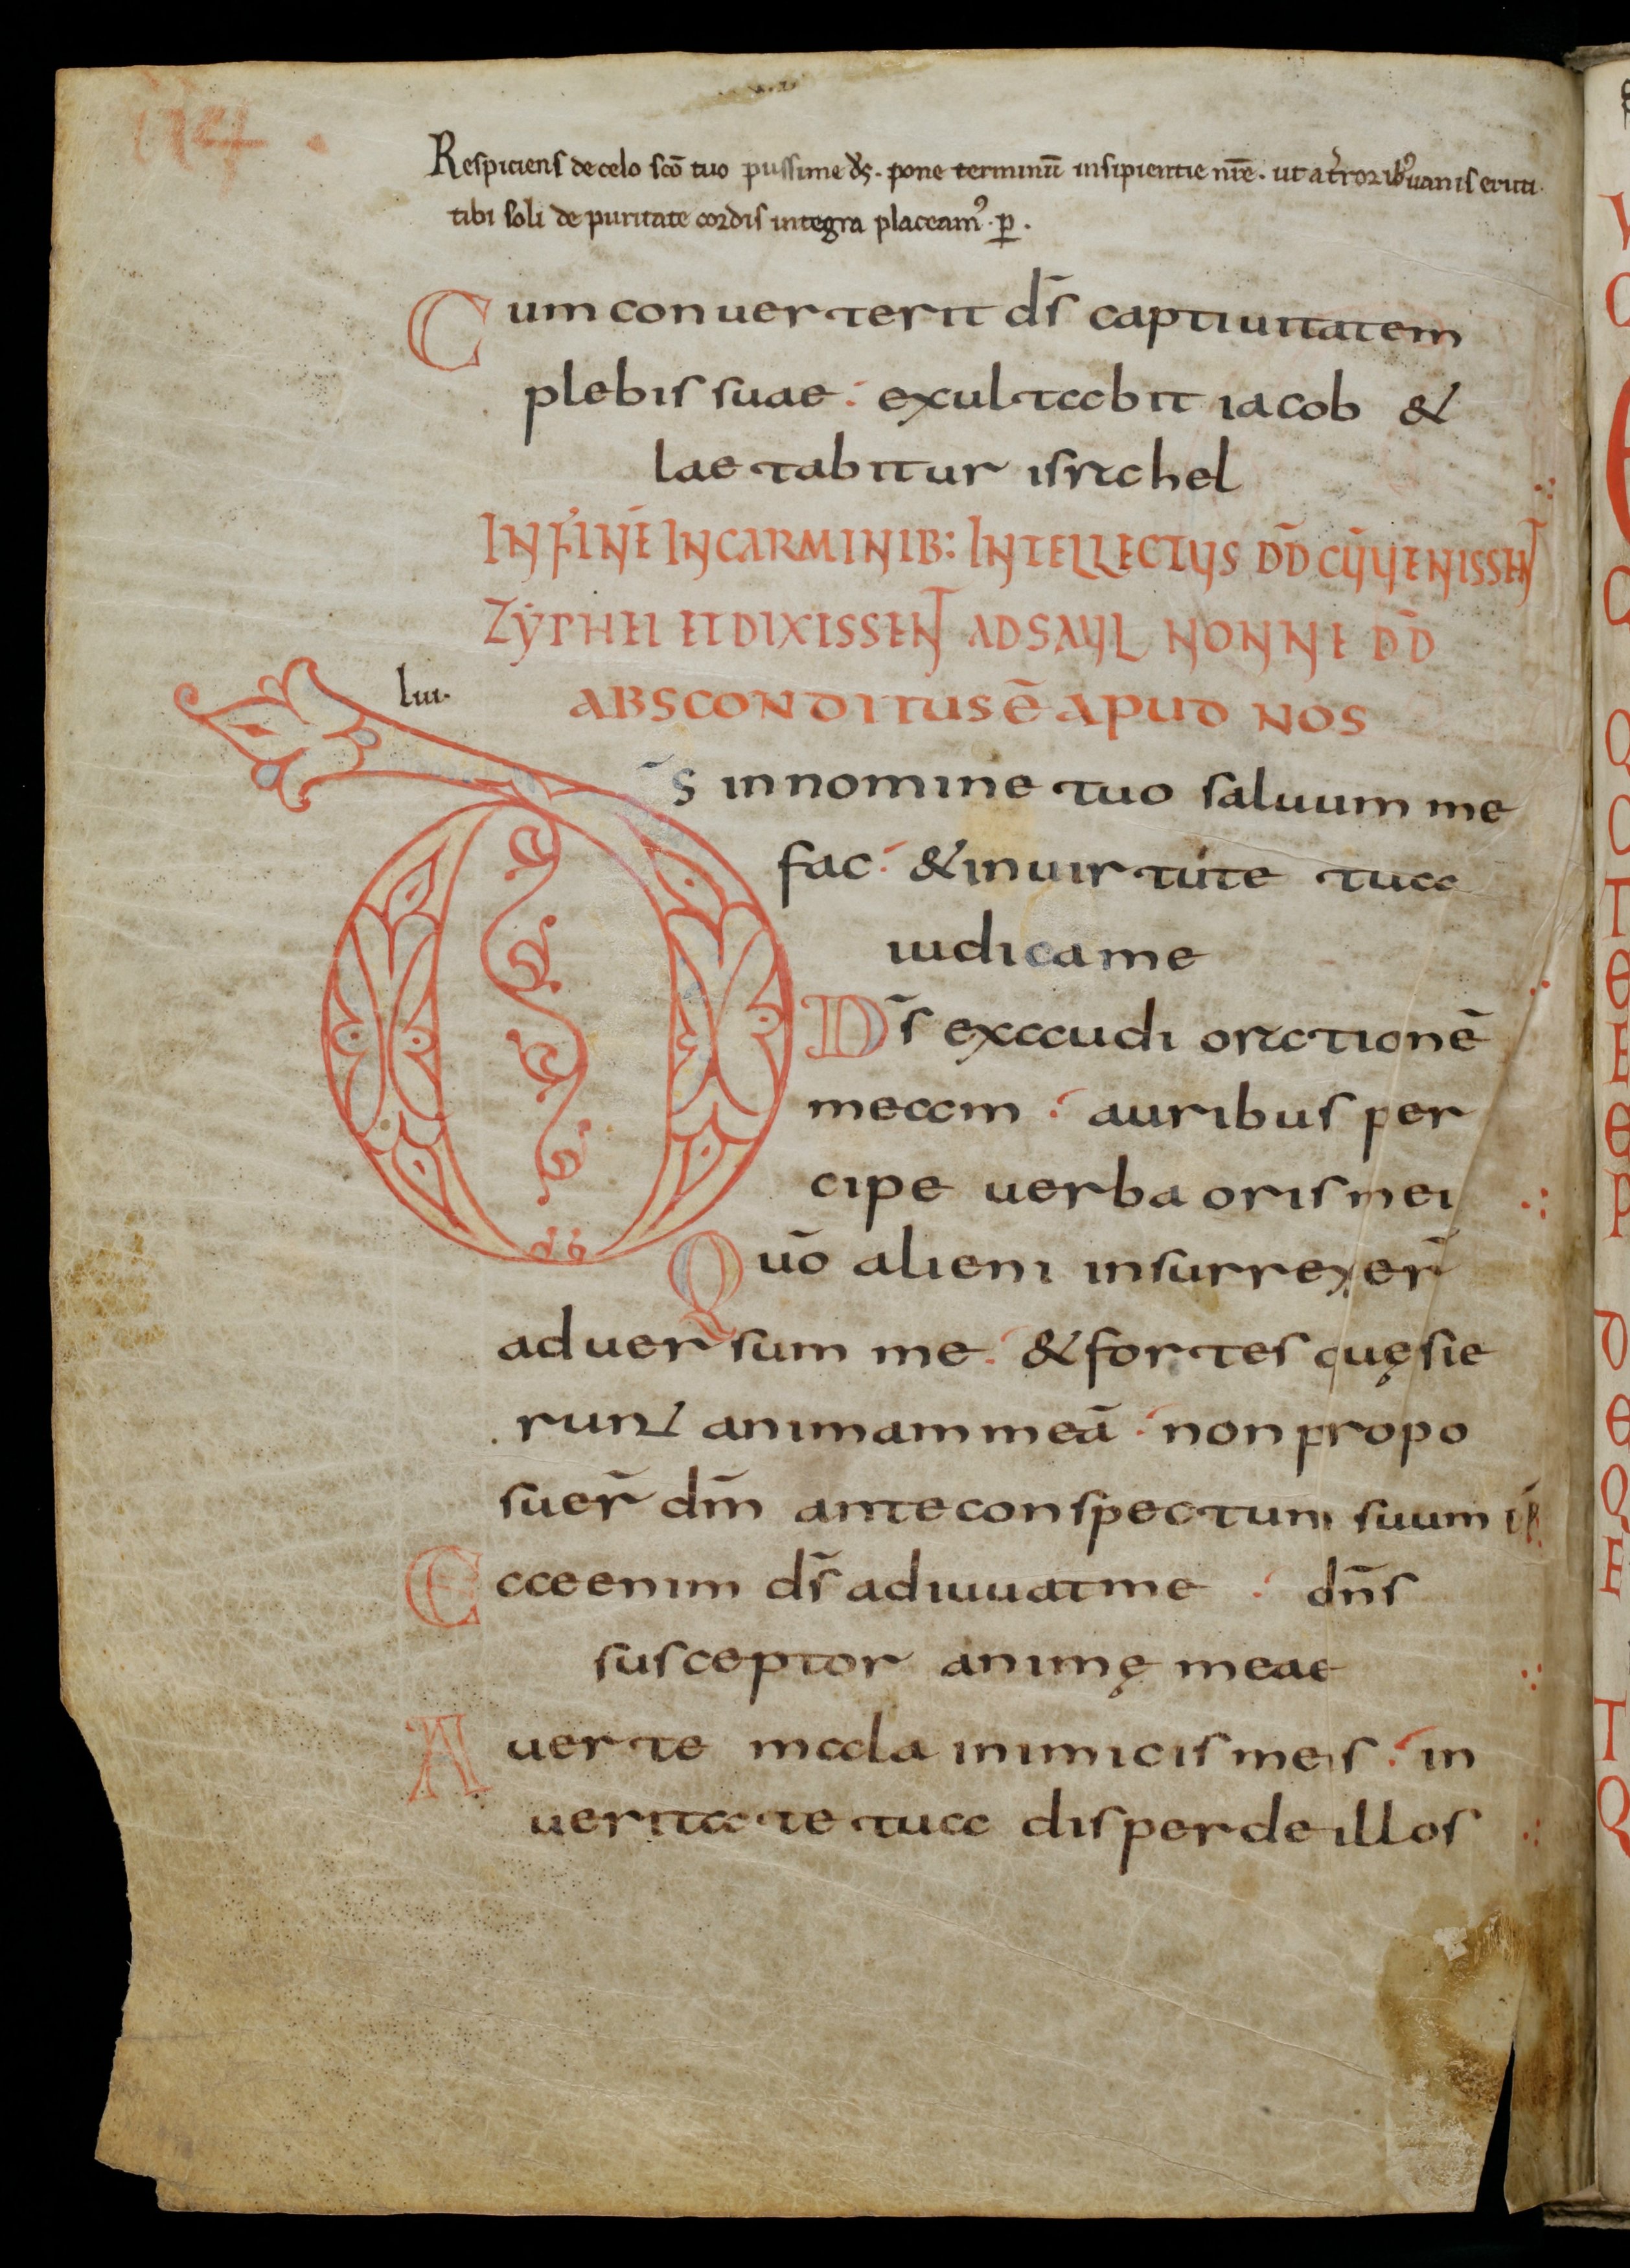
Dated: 800–845